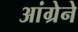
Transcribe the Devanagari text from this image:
आंग्रेने